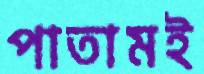
পাতামই